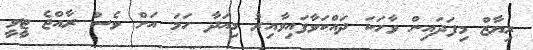
ރިޔާޒް މިފަދައިން ވާހަކަ ދައްކަވާފައިވާއިރު މިއަދާ ހަމަ އަށް ވެސް ރާއްޖެ ޓީވީ